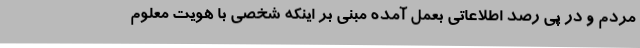
مردم و در پی رصد اطلاعاتی بعمل آمده مبنی بر اینکه شخصی با هویت معلوم